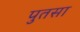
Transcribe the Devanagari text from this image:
पुतसा